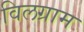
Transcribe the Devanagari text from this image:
विलग्राम